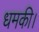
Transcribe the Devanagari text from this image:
धमकी।